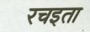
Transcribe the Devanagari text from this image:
रचइता